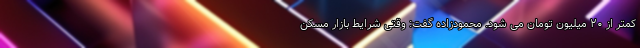
کمتر از ۲۰ میلیون تومان می شود. محمودزاده گفت: وقتی شرایط بازار مسکن